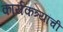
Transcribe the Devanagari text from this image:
कार्यकत्र्यांची